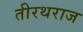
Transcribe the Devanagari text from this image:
तीरथराज